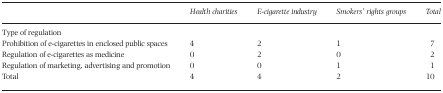
<table><thead><tr><td></td><td><b><i>Health charities</i></b></td><td><b><i>E‐cigarette industry</i></b></td><td><b><i>Smokers&#x27; rights groups</i></b></td><td><b><i>Total</i></b></td></tr></thead><tbody><tr><td>Type of regulation</td><td></td><td></td><td></td><td></td></tr><tr><td>Prohibition of e‐cigarettes in enclosed public spaces</td><td>4</td><td>2</td><td>1</td><td>7</td></tr><tr><td>Regulation of e‐cigarettes as medicine</td><td>0</td><td>2</td><td>0</td><td>2</td></tr><tr><td>Regulation of marketing, advertising and promotion</td><td>0</td><td>0</td><td>1</td><td>1</td></tr><tr><td>Total</td><td>4</td><td>4</td><td>2</td><td>10</td></tr></tbody></table>